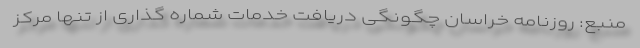
منبع: روزنامه خراسان چگونگی دریافت خدمات شماره گذاری از تنها مرکز